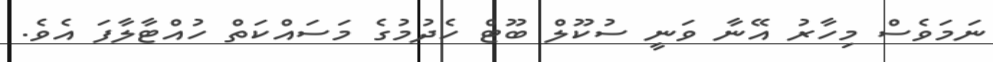
ނަމަވެސް މިހާރު އޭނާ ވަނީ ސުކޫލް ބޫޓް ހެދުމުގެ މަސައްކަތް ހުއްޓާލާފަ އެވެ.